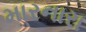
મારનારા